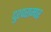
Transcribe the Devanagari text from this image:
दुश्पराम्पर